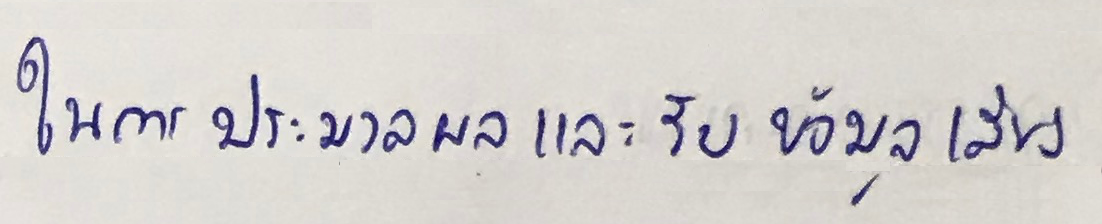
ในการประมวลผลและรับข้อมูลเสียง